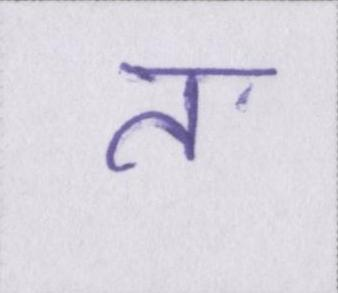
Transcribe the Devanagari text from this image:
त